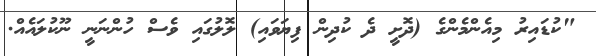
"ކުޑައިރު މިއެންމެންގެ (ދޮށީ ދެ ކުދިން ފިޔަވައި) ލޮލުގައި ވެސް ހުންނަނީ ނޫކުލައެއް.